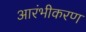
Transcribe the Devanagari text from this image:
आरंभीकरण